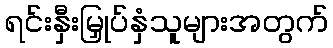
ရင်းနှီးမြှုပ်နှံသူများအတွက်